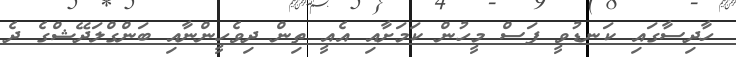
ހާދިސާގައި ކަނޑުވީ ފަސް މީހުން ކަމަށާއި އެއީ ތިން ދިވެހީންނާއި ބަންގްލަދޭޝްގެ ދެ